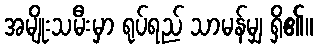
အမျိုးသမီးမှာ ရုပ်ရည် သာမန်မျှ ရှိ၏။